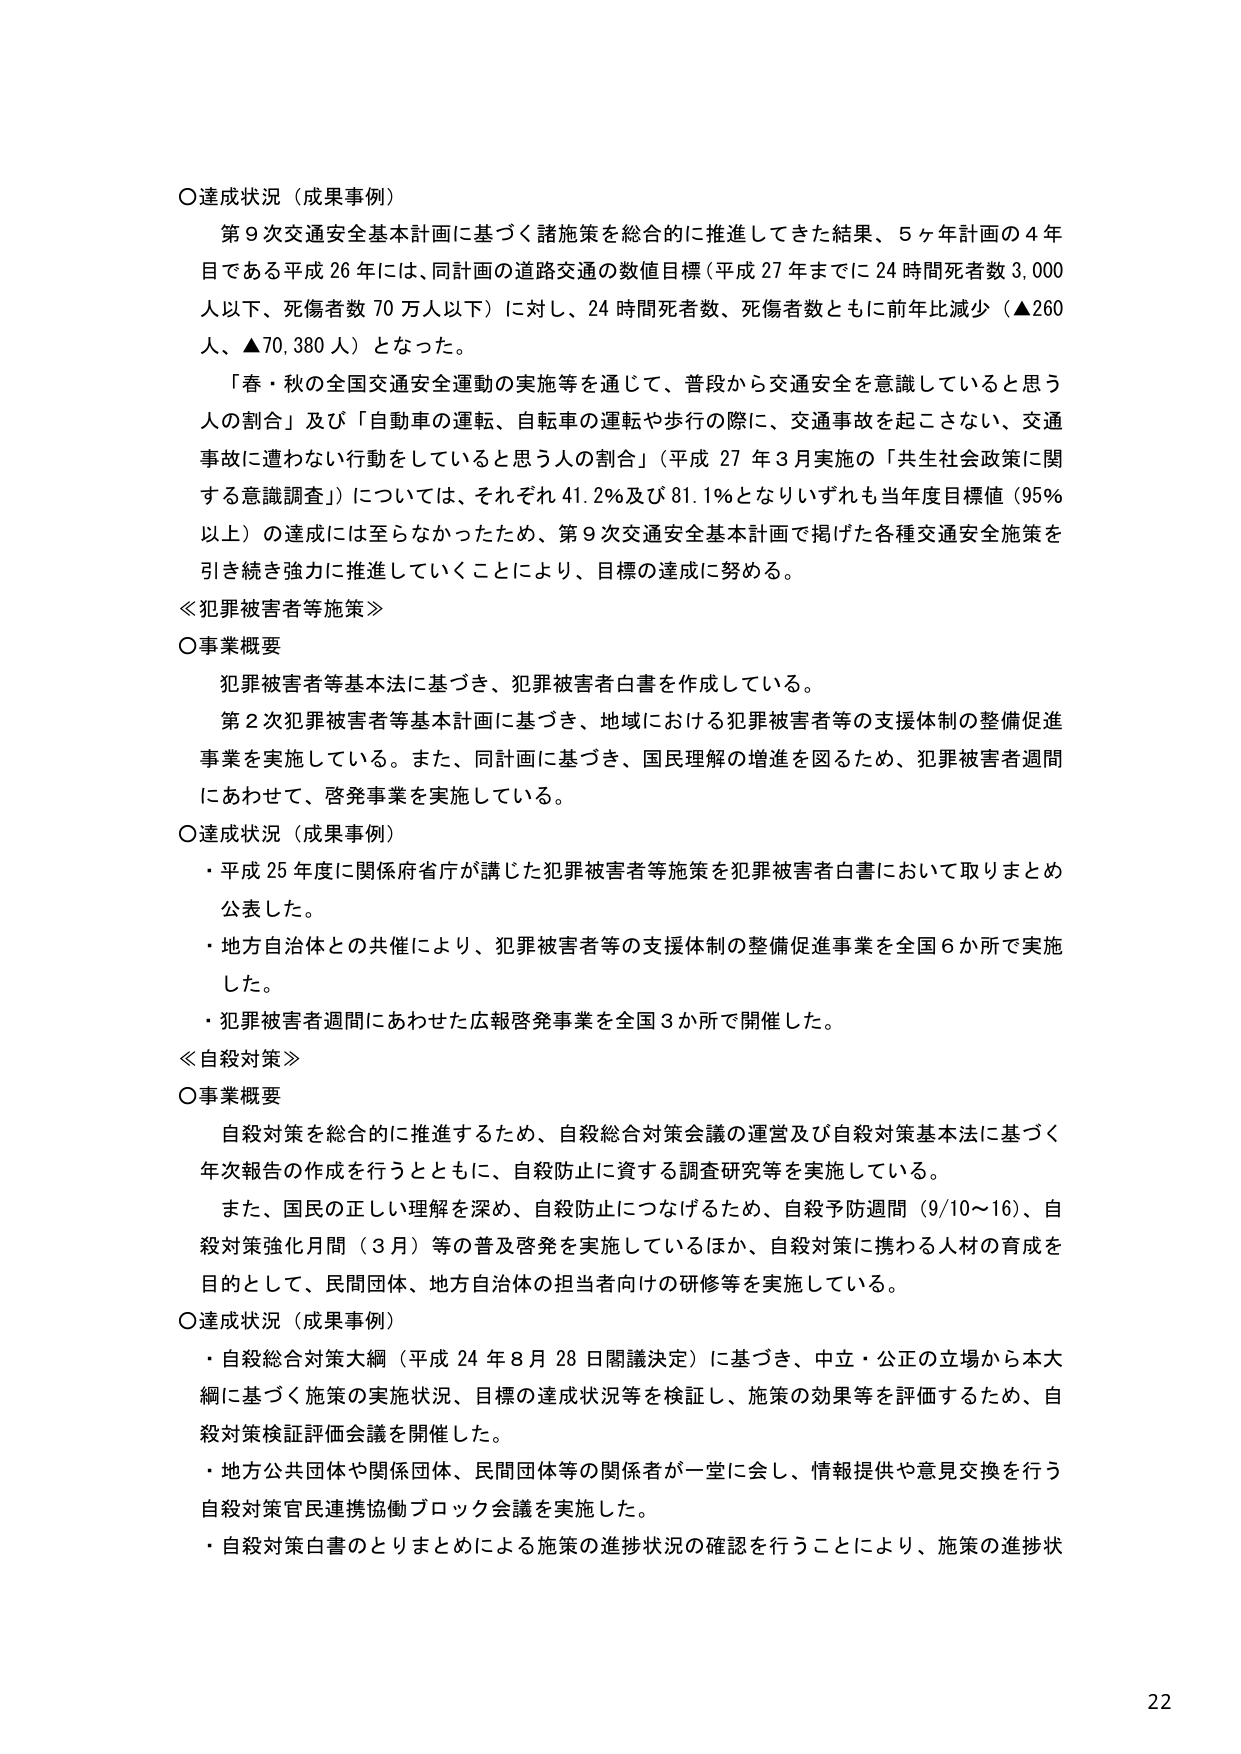
○達成状況（成果事例）
第９次交通安全基本計画に基づく諸施策を総合的に推進してきた結果、５ヶ年計画の４年目である平成26年には、同計画の道路交通の数値目標（平成27年までに24時間死者数3,000人以下、死傷者数70万人以下）に対し、24時間死者数、死傷者数ともに前年比減少（▲260人、▲70,380人）となった。

「春・秋の全国交通安全運動の実施等を通じて、普段から交通安全を意識していると思う人の割合」及び「自動車の運転、自転車の運転や歩行の際に、交通事故を起こさない、交通事故に遭わない行動をしていると思う人の割合」（平成27年3月実施の「共生社会政策に関する意識調査」）については、それぞれ41.2％及び81.1％となりいずれも当年度目標値（95％以上）の達成には至らなかったため、第9次交通安全基本計画で掲げた各種交通安全施策を引き続き強力に推進していくことにより、目標の達成に努める。

≪犯罪被害者等施策≫
○事業概要
犯罪被害者等基本法に基づき、犯罪被害者白書を作成している。
第2次犯罪被害者等基本計画に基づき、地域における犯罪被害者等の支援体制の整備促進事業を実施している。また、同計画に基づき、国民理解の増進を図るため、犯罪被害者週間にあわせて、啓発事業を実施している。

○達成状況（成果事例）
・平成25年度に関係府省庁が講じた犯罪被害者等施策を犯罪被害者白書において取りまとめ公表した。
・地方自治体との共催により、犯罪被害者等の支援体制の整備促進事業を全国6か所で実施した。
・犯罪被害者週間にあわせた広報啓発事業を全国3か所で開催した。

≪自殺対策≫
○事業概要
自殺対策を総合的に推進するため、自殺総合対策会議の運営及び自殺対策基本法に基づく年次報告の作成を行うとともに、自殺防止に資する調査研究等を実施している。
また、国民の正しい理解を深め、自殺防止につなげるため、自殺予防週間（9/10～16）、自殺対策強化月間（3月）等の普及啓発を実施しているほか、自殺対策に携わる人材の育成を目的として、民間団体、地方自治体の担当者向けの研修等を実施している。

○達成状況（成果事例）
・自殺総合対策大綱（平成24年8月28日閣議決定）に基づき、中立・公正の立場から本大綱に基づく施策の実施状況、目標の達成状況等を検証し、施策の効果等を評価するため、自殺対策検証評価会議を開催した。
・地方公共団体や関係団体、民間団体等の関係者が一堂に会し、情報提供や意見交換を行う自殺対策官民連携協働ブロック会議を実施した。
・自殺対策白書のとりまとめによる施策の進捗状況の確認を行うことにより、施策の進捗状

22